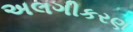
અલગીકરણ